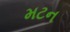
મટન